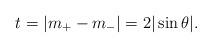
LaTeX: \begin{align*}t=|m_+-m_-|=2|\sin\theta|.\end{align*}